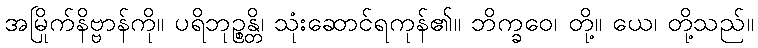
အမြိုက်နိဗ္ဗာန်ကို။ ပရိဘုဉ္စန္တိ၊ သုံးဆောင်ရကုန်၏။ ဘိက္ခဝေ၊ တို့။ ယေ၊ တို့သည်။